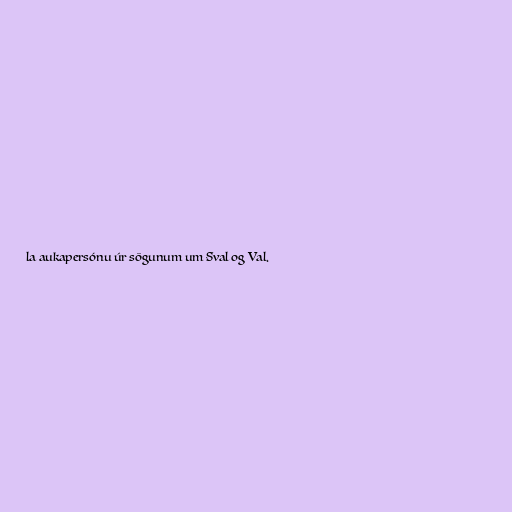
la aukapersónu úr sögunum um Sval og Val.